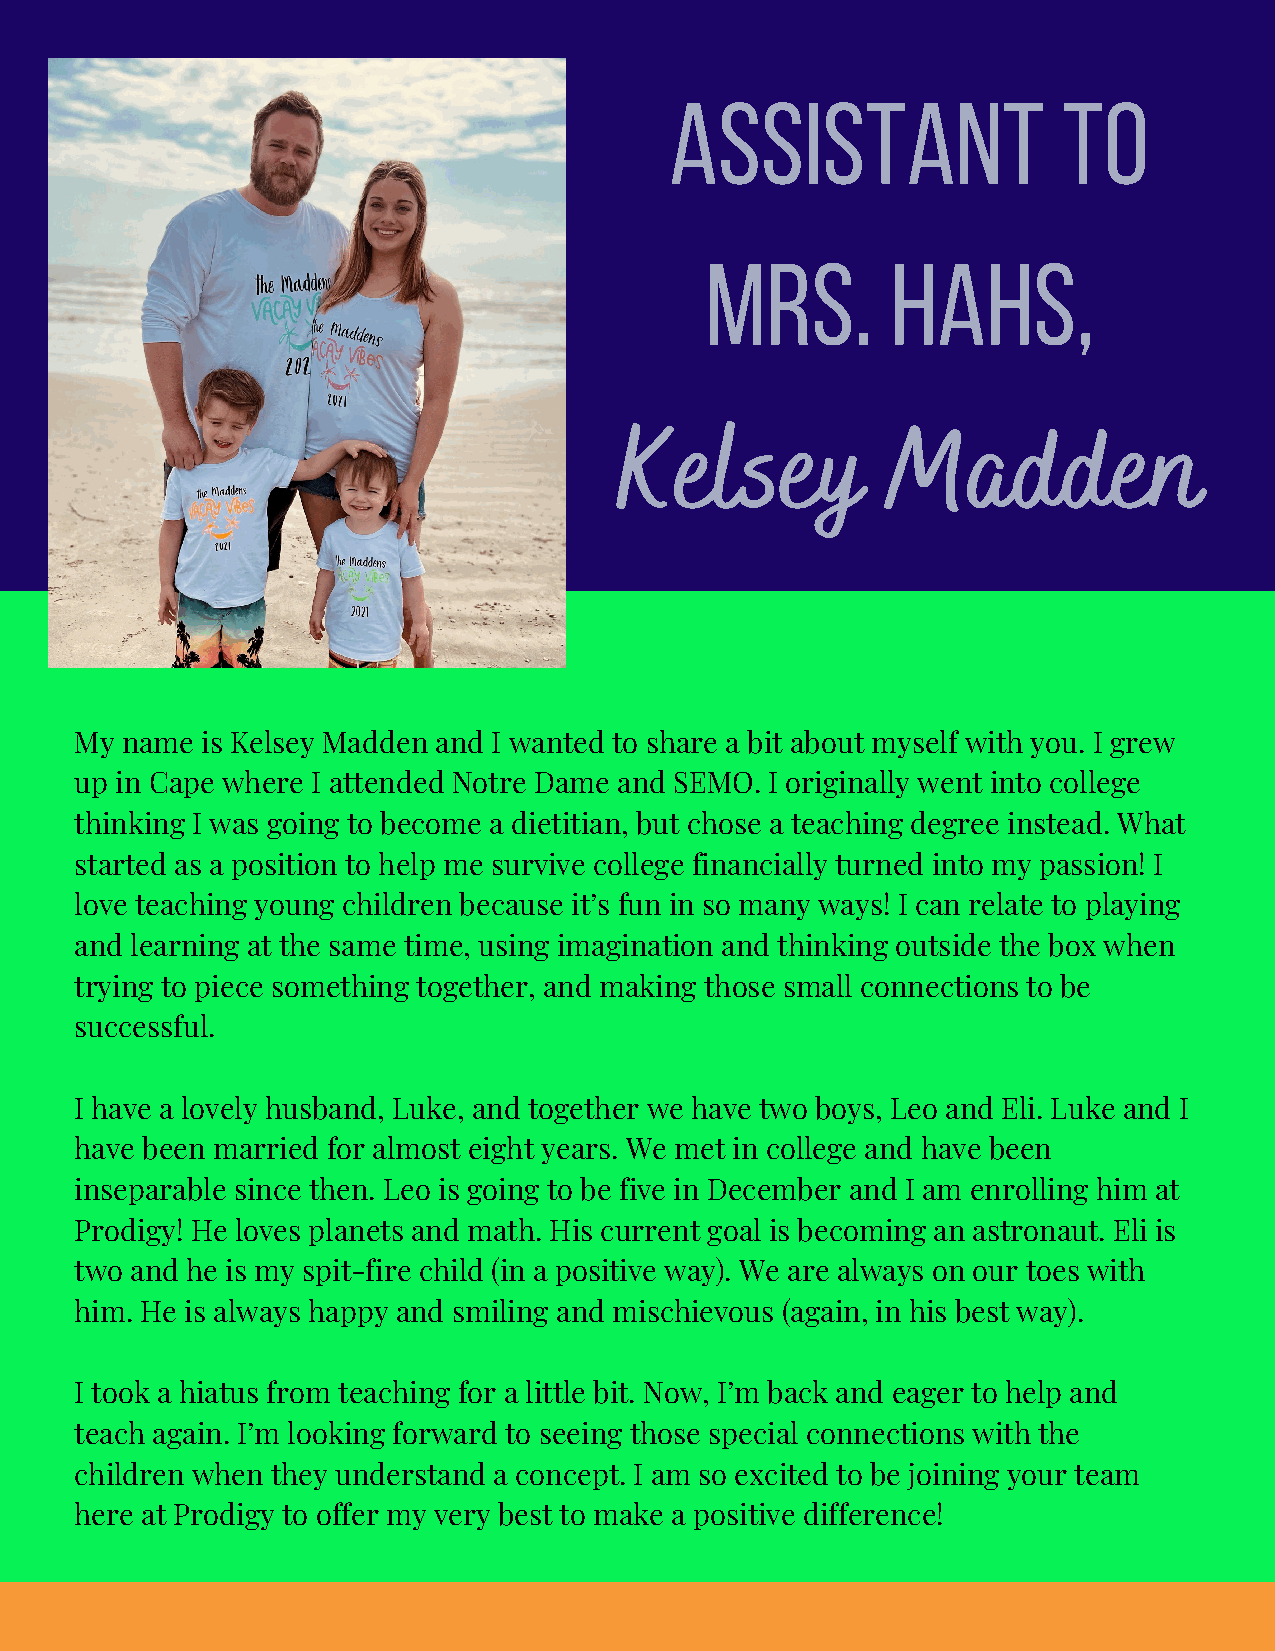
Assistant                 to
 Mrs.        Hahs,
 Kelsey            Madden
 My name is Kelsey Madden and I wanted to share a bit about myself with you. I grew
 up in Cape where I attended Notre Dame and SEMO. I originally went into college
 thinking I was going to become a dietitian, but chose a teaching degree instead. What
 started as a position to help me survive college financially turned into my passion! I
 love teaching young children because it’s fun in so many ways! I can relate to playing
 and learning at the same time, using imagination and thinking outside the box when
 trying to piece something together, and making those small connections to be
 successful.
 I have a lovely husband, Luke, and together we have two boys, Leo and Eli. Luke and I
 have been married for almost eight years. We met in college and have been
 inseparable since then. Leo is going to be five in December and I am enrolling him at
 Prodigy! He loves planets and math. His current goal is becoming an astronaut. Eli is
 two and he is my spit-fire child (in a positive way). We are always on our toes with
 him. He is always happy and smiling and mischievous (again, in his best way).
 I took a hiatus from teaching for a little bit. Now, I’m back and eager to help and
 teach again. I’m looking forward to seeing those special connections with the
 children when they understand a concept. I am so excited to be joining your team
 here at Prodigy to offer my very best to make a positive difference!